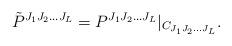
LaTeX: \begin{align*}{\tilde P}^{J_{1}J_{2} \ldots J_{L}}=P^{J_{1}J_{2} \ldots J_{L}}|_{C_{J_{1}J_{2} \ldots J_{L}}}.\end{align*}